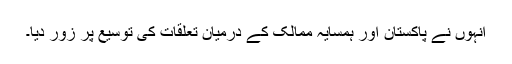
انہوں نے پاکستان اور ہمسایہ ممالک کے درمیان تعلقات کی توسیع پر زور دیا۔